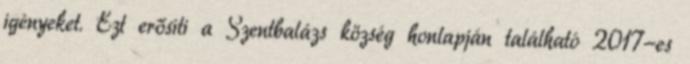
igényeket. Ezt erősíti a Szentbalázs község honlapján található 2017-es